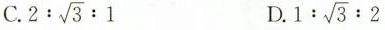
C. $$2: \sqrt{3}:1$$ D. $$1: \sqrt{3}:2$$